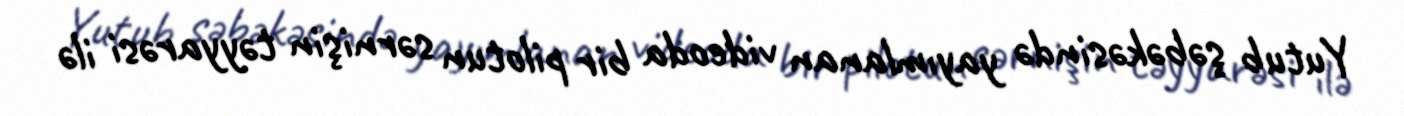
Yutub şəbəkəsində yayımlanan videoda bir pilotun sərnişin təyyarəsi ilə